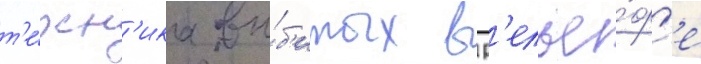
т'е́хн'ика вы́б'итых в р'елье́ф'е